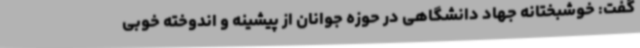
گفت: خوشبختانه جهاد دانشگاهی در حوزه جوانان از پیشینه و اندوخته خوبی